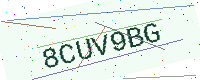
Text: 8CUV9BG